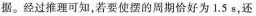
据。经过推理可知，若要使摆的周期恰好为1.5s，还